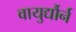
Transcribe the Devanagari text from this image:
वायुर्द्यौर्न